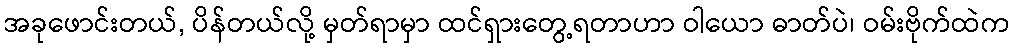
အခုဖောင်းတယ်, ပိန်တယ်လို့ မှတ်ရာမှာ ထင်ရှားတွေ့ရတာဟာ ဝါယော ဓာတ်ပဲ၊ ဝမ်းဗိုက်ထဲက